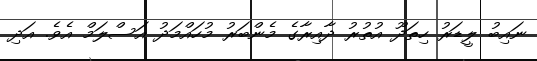
ނައިބު ލީޑަރު ހިތަދޫ އުތުރު ދާއިރާގެ މެންބަރު މުހައްމަދު އަސްލަމް އެވެ. އަދި